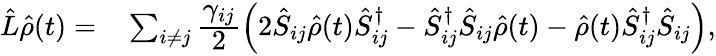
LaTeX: \begin{array}{rl}{\hat{L}\hat{\rho}(t)=}&{{}\sum_{i\neq j}\cfrac{\gamma_{ij}}{2}\left(2\hat{S}_{ij}\hat{\rho}(t)\hat{S}_{ij}^{\dagger}-\hat{S}_{ij}^{\dagger}\hat{S}_{ij}\hat{\rho}(t)-\hat{\rho}(t)\hat{S}_{ij}^{\dagger}\hat{S}_{ij}\right),}\end{array}